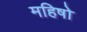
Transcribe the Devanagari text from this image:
महिषो